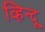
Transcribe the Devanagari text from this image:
व्हिन्दू